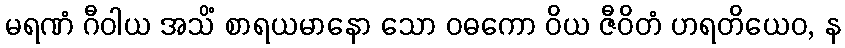
မရဏံ ဂီဝါယ အသိံ စာရယမာနော သော ဝဓကော ဝိယ ဇီဝိတံ ဟရတိယေဝ, န